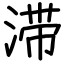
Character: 滞